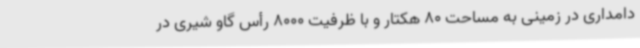
دامداری در زمینی به مساحت 80 هکتار و با ظرفیت 8000 رأس گاو شیری در